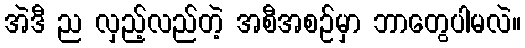
အဲဒီ ည လှည့်လည်တဲ့ အစီအစဉ်မှာ ဘာတွေပါမလဲ။